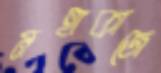
মহাকাজে